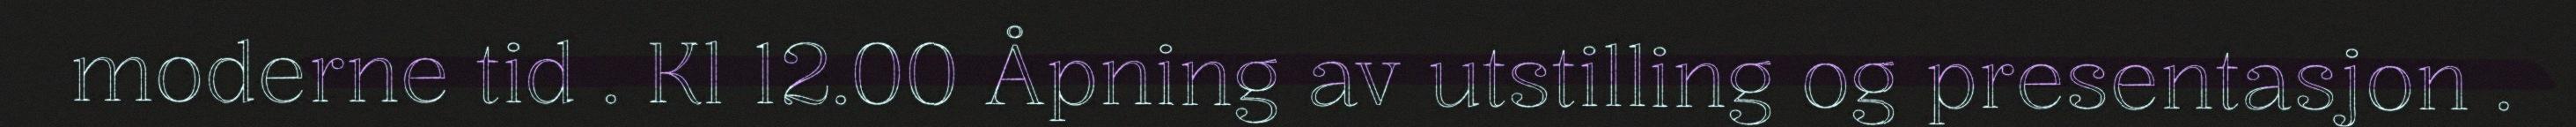
moderne tid . Kl 12.00 Åpning av utstilling og presentasjon .